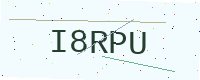
Text: I8RPU